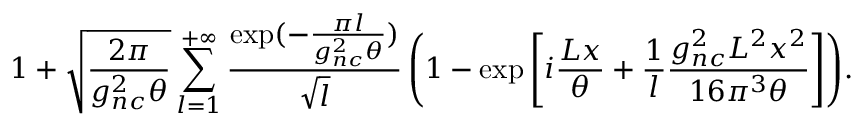
\displaystyle { 1 + \sqrt { \frac { 2 \pi } { g _ { n c } ^ { 2 } \theta } } \sum _ { l = 1 } ^ { + \infty } \frac { \exp ( - \frac { \pi l } { g _ { n c } ^ { 2 } \theta } ) } { \sqrt { l } } \left( 1 - \exp \left[ i \frac { L x } { \theta } + \frac { 1 } { l } \frac { g _ { n c } ^ { 2 } L ^ { 2 } x ^ { 2 } } { 1 6 \pi ^ { 3 } \theta } \right] \right) } .